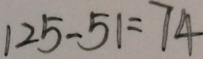
1 2 5 - 5 1 = 7 4